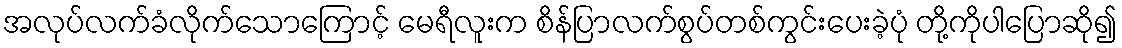
အလုပ်လက်ခံလိုက်သောကြောင့် မေရီလူးက စိန်ပြာလက်စွပ်တစ်ကွင်းပေးခဲ့ပုံ တို့ကိုပါပြောဆို၍